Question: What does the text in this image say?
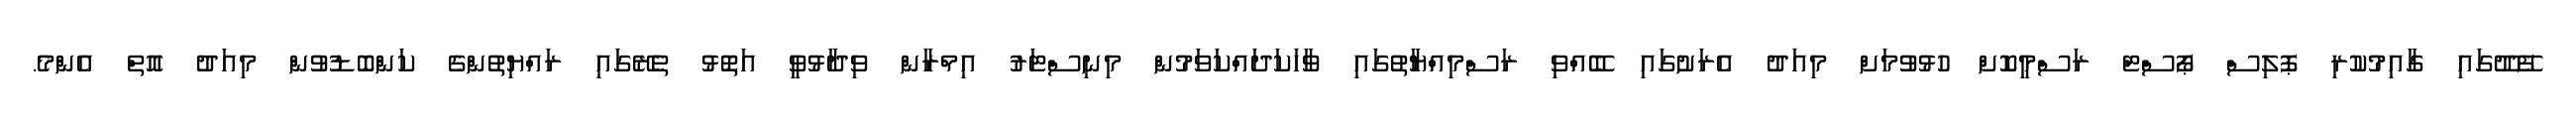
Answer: ފޭދޫގައި ގާއިމުކުރި ޕޮލިސް ޕޯސްޓް ރަސްމީކޮށް ހުޅުވުމަށް މިއަދު އެރަށުގައި ބޭއްވި ރަސްމިއްޔާތުގައި ވާހަކަދައްކަވަމުން މިނިސްޓަރު އިމްރާން ވިދާޅުވީ އަތޮޅު ތެރޭގައި ރައްޔިތުންގެ ކަންބޮޑުވުން މިއަދު އޮތް އެންމެ.